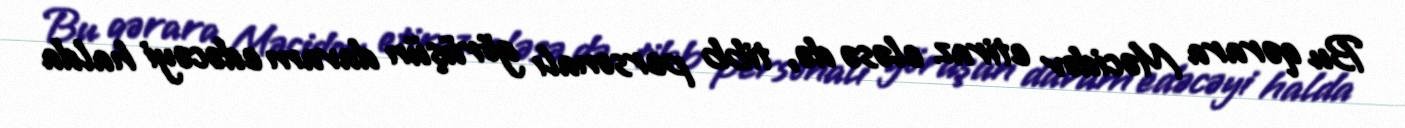
Bu qərara Məcidov etiraz eləsə də, tibb personalı görüşün davam edəcəyi halda